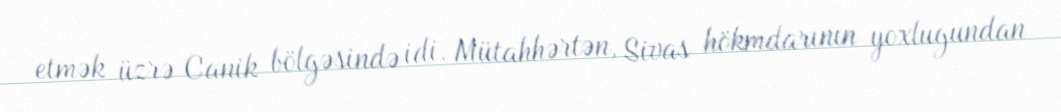
etmək üzrə Canik bölgəsində idi. Mütahhərtən, Sivas hökmdarının yoxlugundan